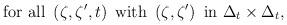
LaTeX: \begin{align*}{\rm for\ all\ }\left( \zeta ,\zeta ^{\prime },t\right) {\rm \ with\ }\left(\zeta ,\zeta ^{\prime }\right) {\rm \ in\ }\Delta _{t}\times \Delta _{t},\end{align*}